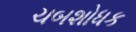
ચબશોધક